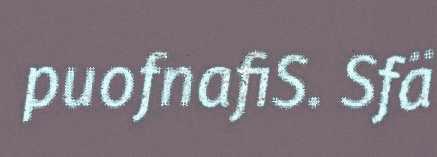
puofnafiS. Sfä